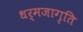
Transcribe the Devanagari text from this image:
धर्मजागृति